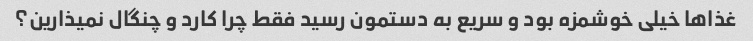
غذاها خیلی خوشمزه بود و سریع به دستمون رسید فقط چرا کارد و چنگال نمیذارین؟